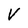
Character: V